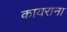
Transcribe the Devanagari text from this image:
कायराना